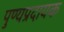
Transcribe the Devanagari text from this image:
पुण्यप्रदायक